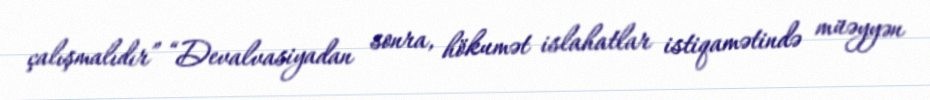
çalışmalıdır” “Devalvasiyadan sonra, hökumət islahatlar istiqamətində müəyyən